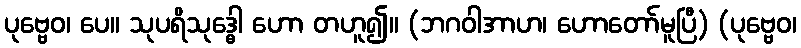
ပုဗ္ဗေဝ၊ ပေ။ သုပရိသုဒ္ဓေါ ဟော တဟူ၍။ (ဘဂဝါအာဟ၊ ဟောတော်မူပြီ) (ပုဗ္ဗေဝ၊